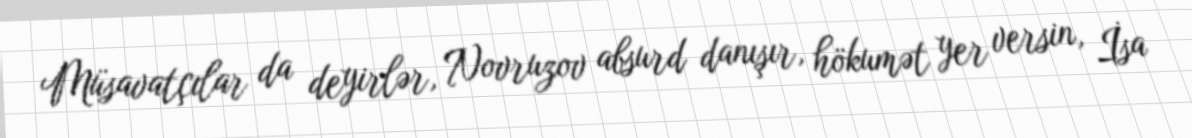
Müsavatçılar da deyirlər, Novruzov absurd danışır, hökumət yer versin, İsa